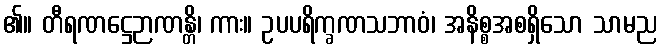
၏။ တီရဏဋ္ဌေဉာဏန္တိ၊ ကား။ ဥပပရိက္ခဏသဘာဝံ၊ အနိစ္စအစရှိသော သာမည